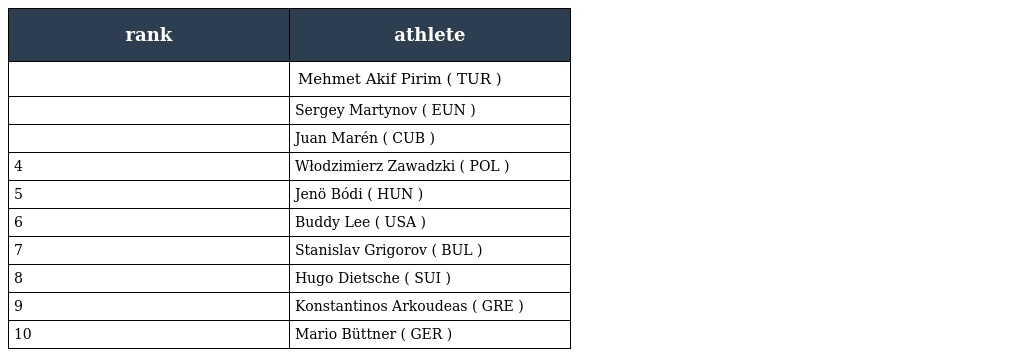
| rank | athlete |
 | --- | --- |
 |  | Mehmet Akif Pirim ( TUR ) |
 |  | Sergey Martynov ( EUN ) |
 |  | Juan Marén ( CUB ) |
 | 4 | Włodzimierz Zawadzki ( POL ) |
 | 5 | Jenö Bódi ( HUN ) |
 | 6 | Buddy Lee ( USA ) |
 | 7 | Stanislav Grigorov ( BUL ) |
 | 8 | Hugo Dietsche ( SUI ) |
 | 9 | Konstantinos Arkoudeas ( GRE ) |
 | 10 | Mario Büttner ( GER ) |